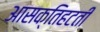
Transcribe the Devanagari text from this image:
आसक्तिहटती